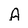
Character: A